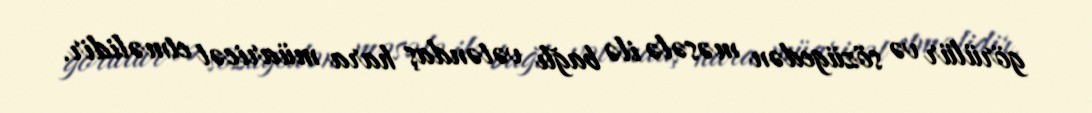
görülür və sözügedən məsələ ilə bağlı vətəndaş hara müaricət etməlidir.